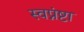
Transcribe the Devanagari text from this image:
स्वप्नंष्टा